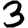
Digit: 3